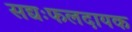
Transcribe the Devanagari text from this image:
सद्यःफलदायक